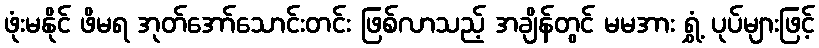
ဖုံးမနိုင် ဖိမရ အုတ်အော်သောင်းတင်း ဖြစ်လာသည့် အချိန်တွင် မမအား ရွှံ့ ပုပ်များဖြင့်